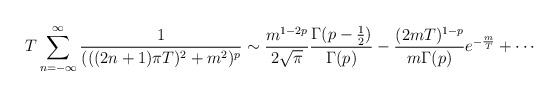
\begin{align*}T\sum_{n=-\infty}^\infty \frac{1}{(((2n+1)\pi T)^{2}+m^{2})^{p}} \sim \frac{m^{1-2p}}{2\sqrt{\pi}} \frac{\Gamma (p-\frac{1}{2})}{\Gamma(p)}-\frac{(2mT)^{1-p}}{m\Gamma (p)} e^{-\frac{m}{T}}+ \cdots \end{align*}